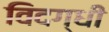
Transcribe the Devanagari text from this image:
विदग्धी